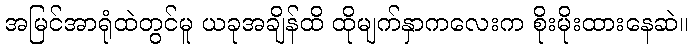
အမြင်အာရုံထဲတွင်မူ ယခုအချိန်ထိ ထိုမျက်နှာကလေးက စိုးမိုးထားနေဆဲ။